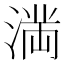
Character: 𭱩